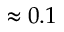
\approx 0 . 1